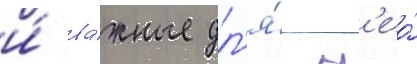
и́ ва́жные дл'я́ н'ео́